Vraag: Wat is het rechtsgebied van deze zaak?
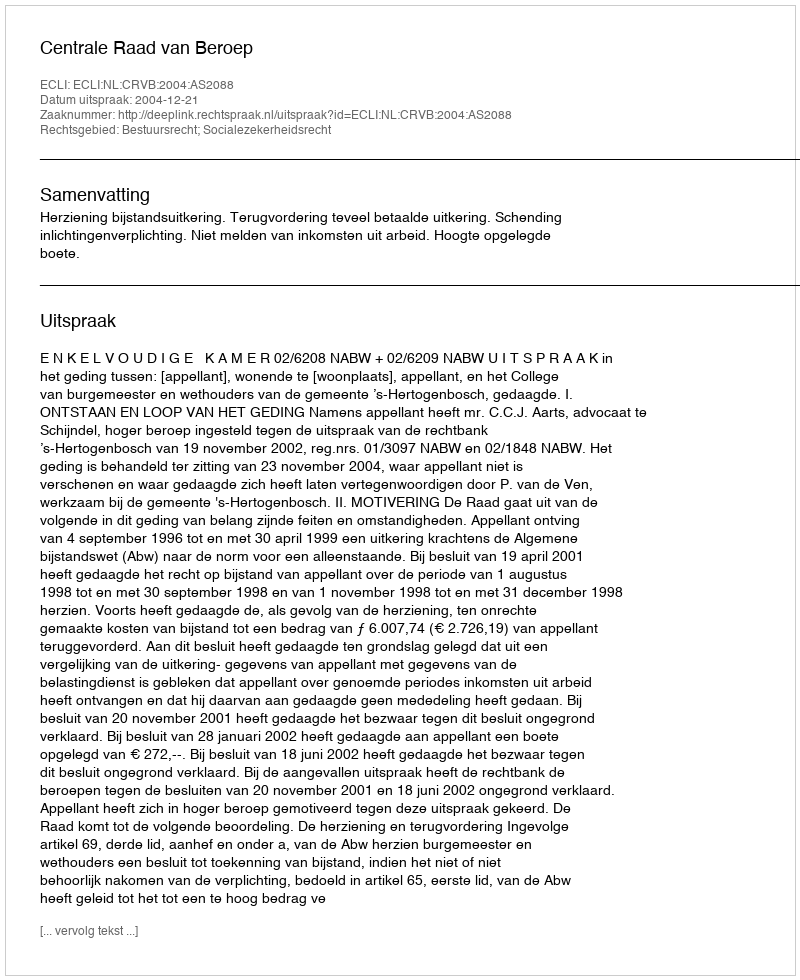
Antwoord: Bestuursrecht; Socialezekerheidsrecht